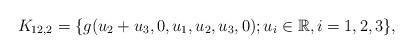
LaTeX: \begin{align*} K_{12,2}=\{g(u_2+u_3,0,u_1,u_2,u_3,0); u_i \in \mathbb R, i=1,2,3 \}, \end{align*}